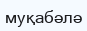
муқабәлә